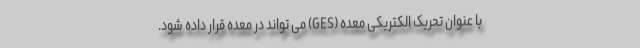
با عنوان تحریک الکتریکی معده (GES) می تواند در معده قرار داده شود.